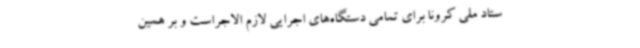
ستاد ملی کرونا برای تمامی دستگاه‌های اجرایی لازم الاجراست و بر همین